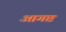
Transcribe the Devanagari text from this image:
आगष्ट